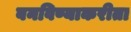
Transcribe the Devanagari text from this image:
बनविण्याकरीता